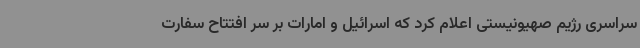
سراسری رژیم صهیونیستی اعلام کرد که اسرائیل و امارات بر سر افتتاح سفارت